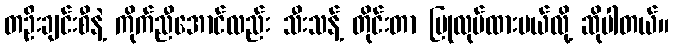
တဦးချင်းစီနဲ့ ကိုက်ညီအောင်လည်း သီးသန့် တိုင်းတာ ပြုလုပ်ထားမယ်လို့ ဆိုပါတယ်။